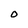
Character: O